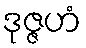
ဒုဇ္ဇဟံ